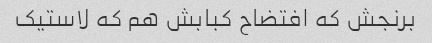
برنجش که افتضاح کبابش هم که لاستیک